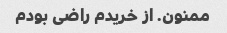
ممنون. از خریدم راضی بودم